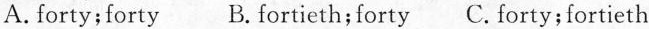
A.forty;forty B. Fortieth;forty C. Forty;fortieth